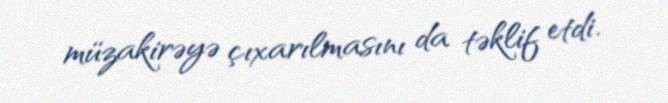
müzakirəyə çıxarılmasını da təklif etdi.